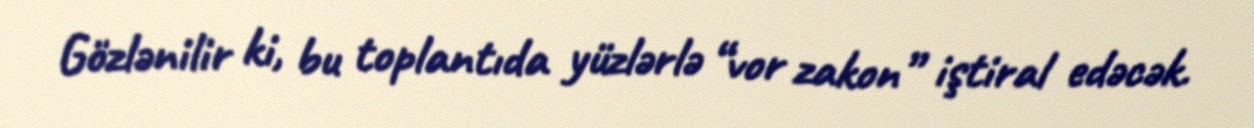
Gözlənilir ki, bu toplantıda yüzlərlə “vor zakon” iştiral edəcək.